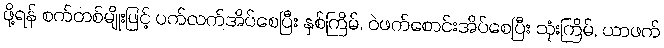
ဖို့ရန် စက်တစ်မျိုးဖြင့် ပက်လက်အိပ်စေပြီး နှစ်ကြိမ်, ဝဲဖက်စောင်းအိပ်စေပြီး သုံးကြိမ်, ယာဖက်